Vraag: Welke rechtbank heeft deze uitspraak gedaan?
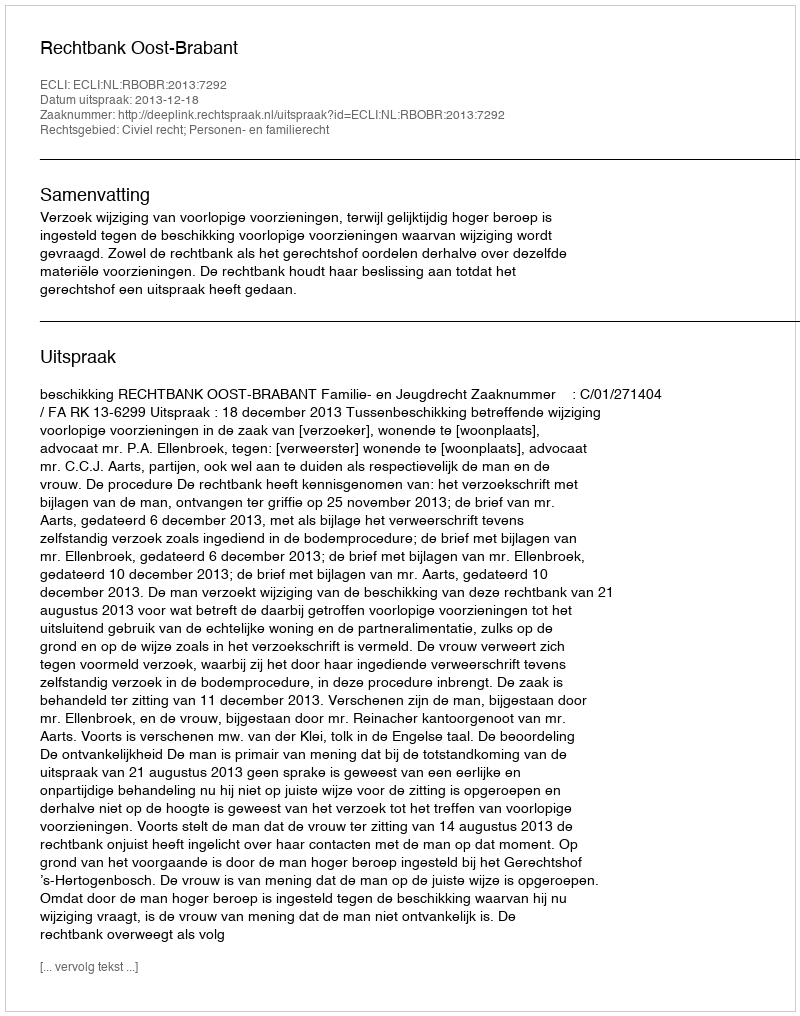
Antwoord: Rechtbank Oost-Brabant